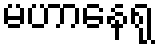
မဟာနေရု